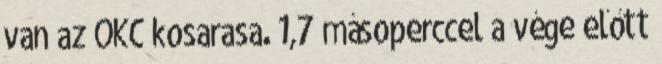
van az OKC kosarasa. 1,7 másoperccel a vége előtt